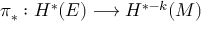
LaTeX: \pi _ { * } : H ^ { * } ( E ) \longrightarrow H ^ { * - k } ( M )